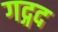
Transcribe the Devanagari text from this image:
गद्गद